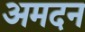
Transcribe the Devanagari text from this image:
अमदन